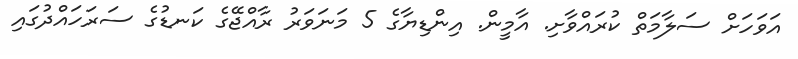
އަވަހަށް ސަލާމަތް ކުރައްވާށި. އާމީން. އިންޑިޔާގެ 5 މަނަވަރު ރާއްޖޭގެ ކަނޑުގެ ސަރަހައްދުގައި